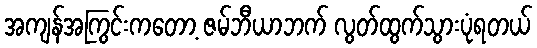
အကျန်အကြွင်းကတော့ ဇမ်ဘီယာဘက် လွတ်ထွက်သွားပုံရတယ်